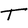
Character: T